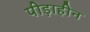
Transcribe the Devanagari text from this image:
पीड़ाहीन